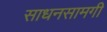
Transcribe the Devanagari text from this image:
साधनसामगी